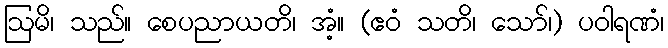
ဩမိ၊ သည်။ စေပညာယတိ၊ အံ့။ (ဧဝံ သတိ၊ သော်၊) ပဝါရဏံ၊